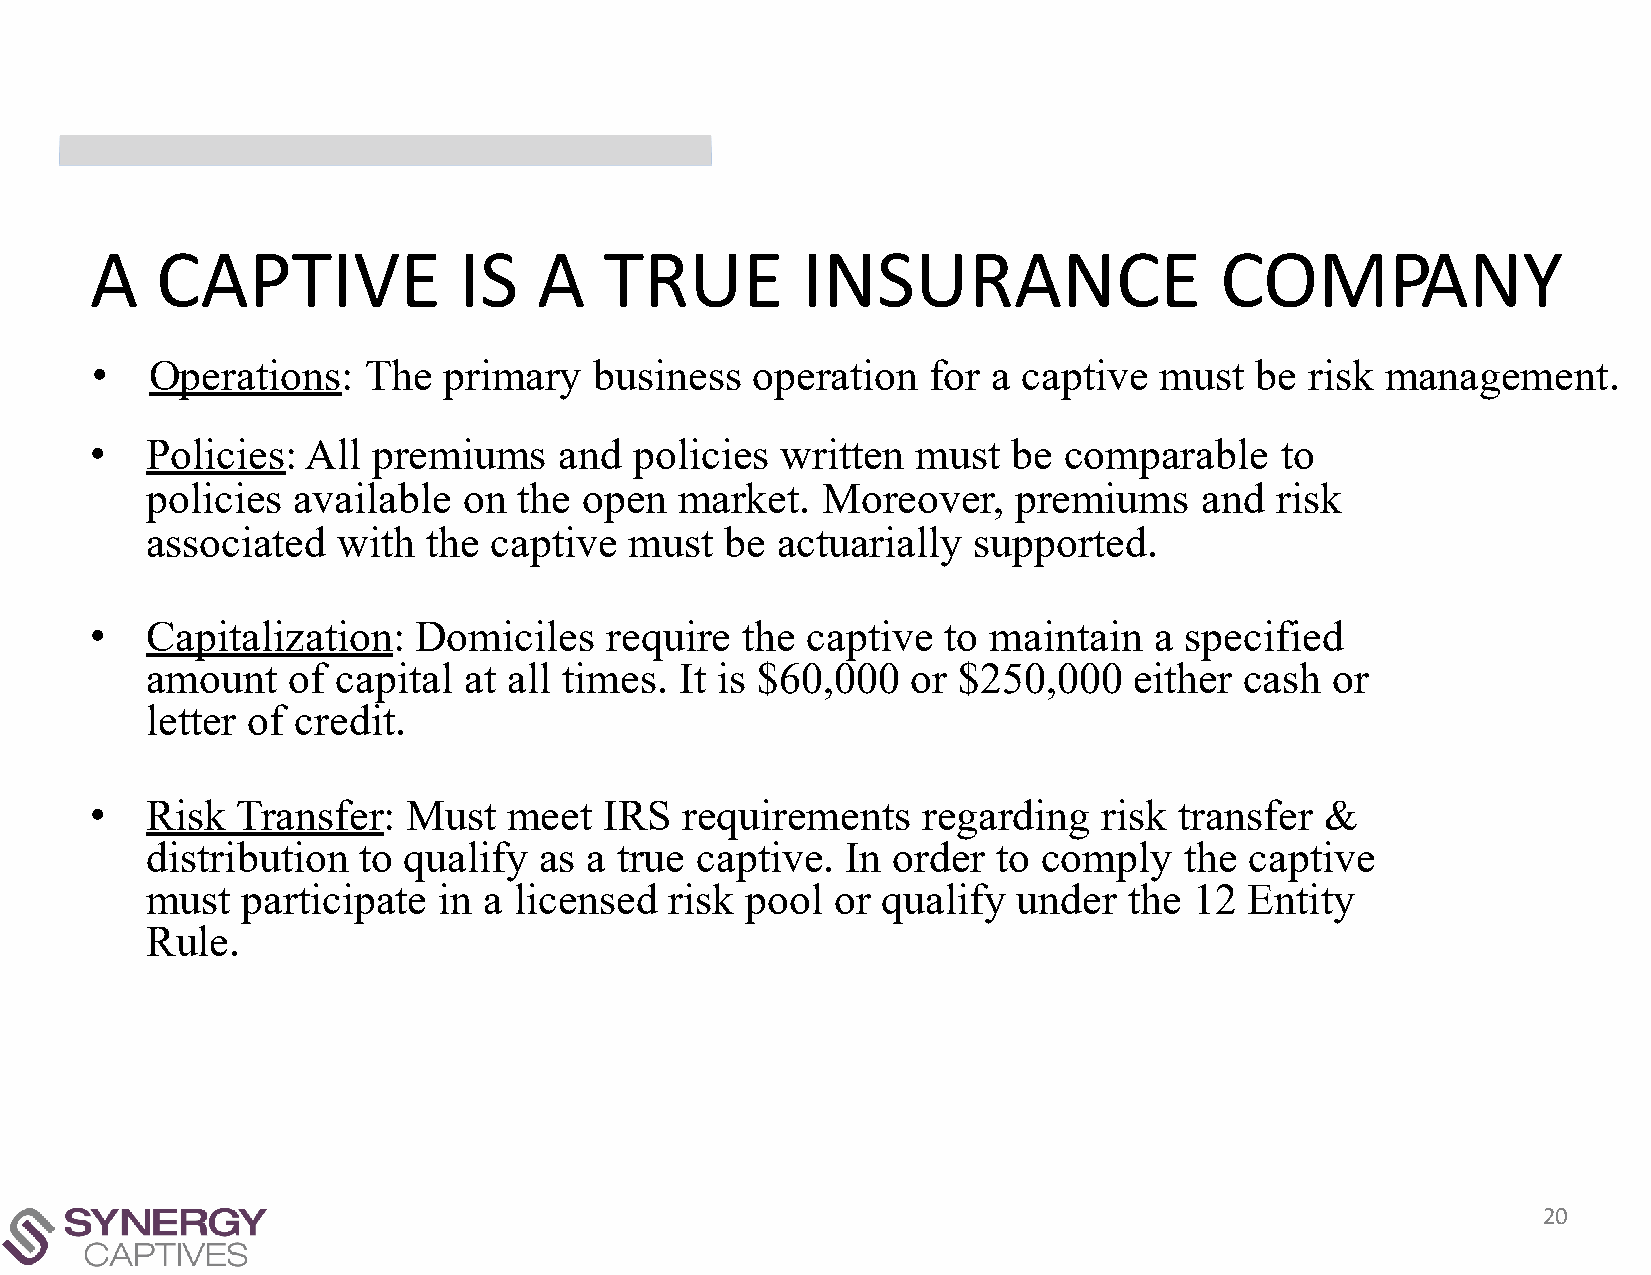
A   CAPTIVE             IS    A   TRUE         INSURANCE                   COMPANY
 •   Operations:   The  primary   business   operation   for a captive  must  be  risk management.
 •   Policies: All  premiums    and  policies  written  must  be comparable     to
 policies available   on the  open  market.  Moreover,    premiums     and risk
 associated  with  the captive   must  be actuarially  supported.
 •   Capitalization:   Domiciles   require  the captive   to maintain  a specified
 amount   of capital  at all times. It is $60,000  or $250,000    either cash  or
 letter of credit.
 •   Risk  Transfer:  Must   meet  IRS  requirements    regarding   risk transfer  &
 distribution  to qualify  as a true captive.  In order  to comply   the  captive
 must  participate  in a licensed  risk pool  or qualify  under   the 12  Entity
 Rule.
 20